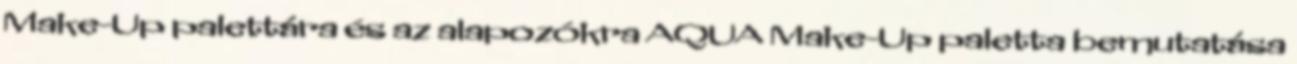
Make-Up palettára és az alapozókra AQUA Make-Up paletta bemutatása